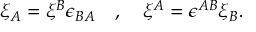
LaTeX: \xi _ { A } = \xi ^ { B } \epsilon _ { B A } \quad , \quad \xi ^ { A } = \epsilon ^ { A B } \xi _ { B } .